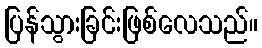
ပြန်သွားခြင်းဖြစ်လေသည်။